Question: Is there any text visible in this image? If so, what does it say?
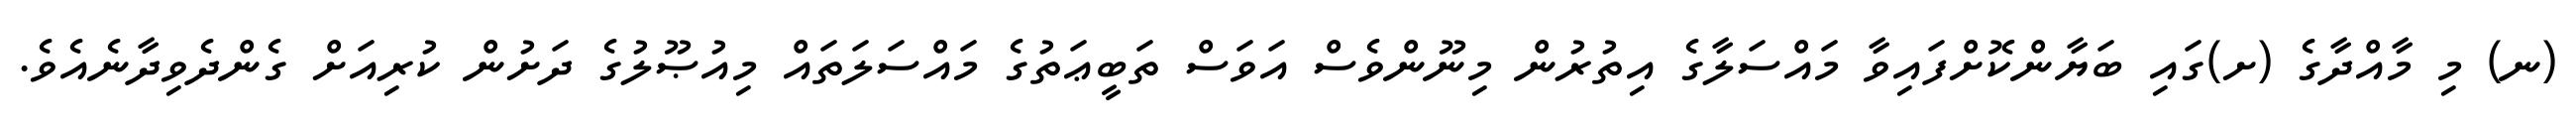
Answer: (ނ) މި މާއްދާގެ (ށ)ގައި ބަޔާންކޮށްފައިވާ މައްސަލާގެ އިތުރުން މިނޫންވެސް އަވަސް ތަބީޢަތުގެ މައްސަލަތައް މިއުޞޫލުގެ ދަށުން ކުރިއަށް ގެންދެވިދާނެއެވެ.